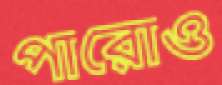
পারোও